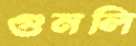
গুনলি